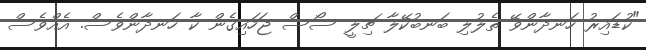
"ކުޑައިރު ހަނދާންވޭ ތެލުލި ބަނބުކޭލާ ޗިލީ ސޯސް ޖަހައިގެން ކާ ހަނދާންވެސް. އެއްވެސް